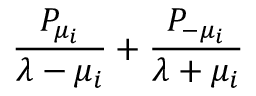
{ { \frac { P _ { \mu _ { i } } } { \lambda - \mu _ { i } } } + { \frac { P _ { - \mu _ { i } } } { \lambda + \mu _ { i } } } }